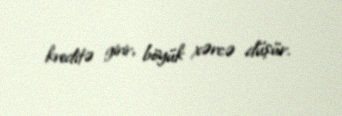
kreditə girir, böyük xərcə düşür.